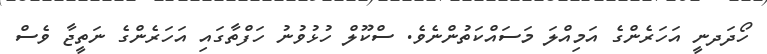
ހޯދަދނީ އަހަރެންގެ އަމިއްލަ މަސައްކަތުންނެވެ. ސްކޫލް ހުޅުވުނު ހަފްތާގައި އަހަރެންގެ ނަތީޖާ ވެސް